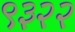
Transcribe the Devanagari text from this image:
९३२२